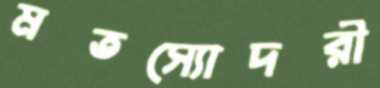
মতস্যোদরী